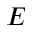
E